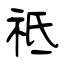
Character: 祗